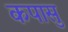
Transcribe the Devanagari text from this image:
कपासु